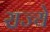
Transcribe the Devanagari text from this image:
रा़ज्ये